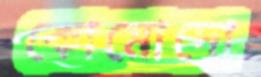
কোমোদো